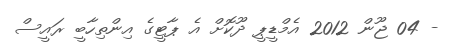
- 04 ޖޫން 2012 އެމްޑީޕީ ދޫކޮށް އެ ޕާޓީގެ އިންތިހާބީ ރައީސް